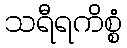
သရီရကိစ္စံ